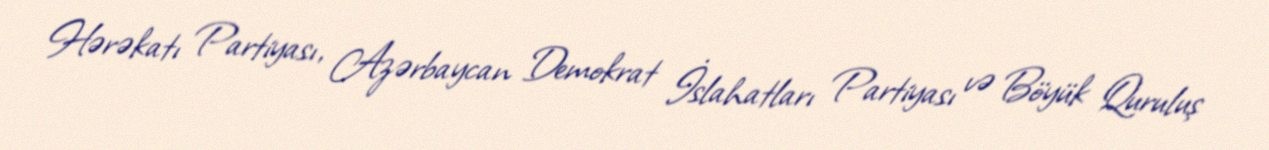
Hərəkatı Partiyası, Azərbaycan Demokrat İslahatları Partiyası və Böyük Quruluş